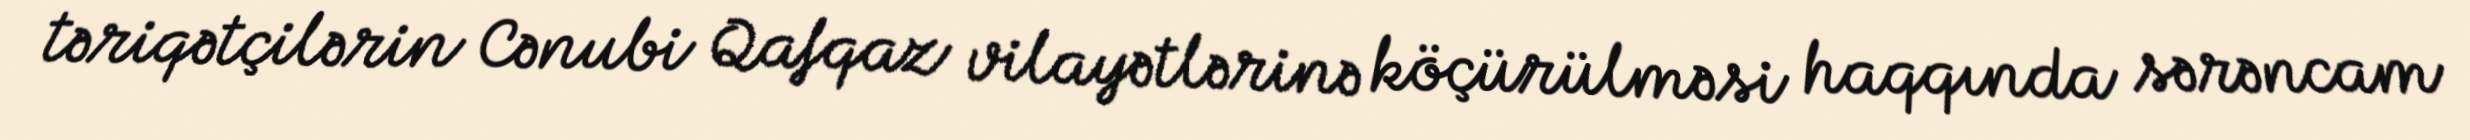
təriqətçilərin Cənubi Qafqaz vilayətlərinə köçürülməsi haqqında sərəncam